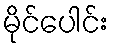
မိုင်ပေါင်း